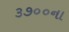
૩૭૦૦ના